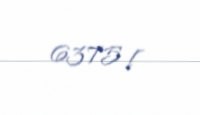
6375 l